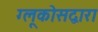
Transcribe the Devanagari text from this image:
ग्लूकोसद्वारा